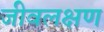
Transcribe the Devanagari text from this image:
जीवलक्षण